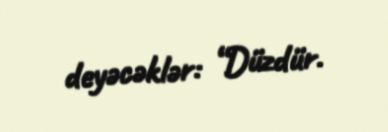
deyəcəklər: “Düzdür.